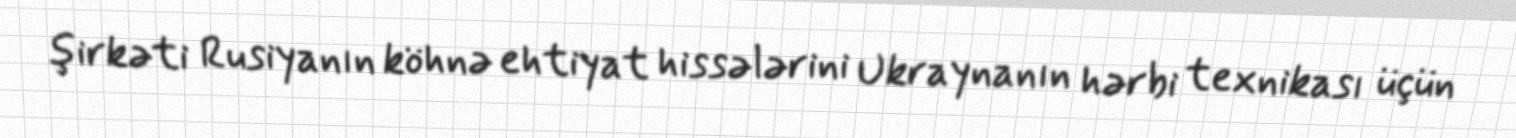
şirkəti Rusiyanın köhnə ehtiyat hissələrini Ukraynanın hərbi texnikası üçün